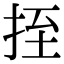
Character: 挃